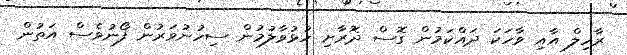
ރާހިލް އާއި ވާހަކަ ދައްކަމުން ގޮސް ދޮރާށި ހުޅުވާލުމުން ސިހުނުވަރުން ފޯނުވެސް އަތުން